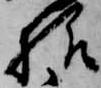
様